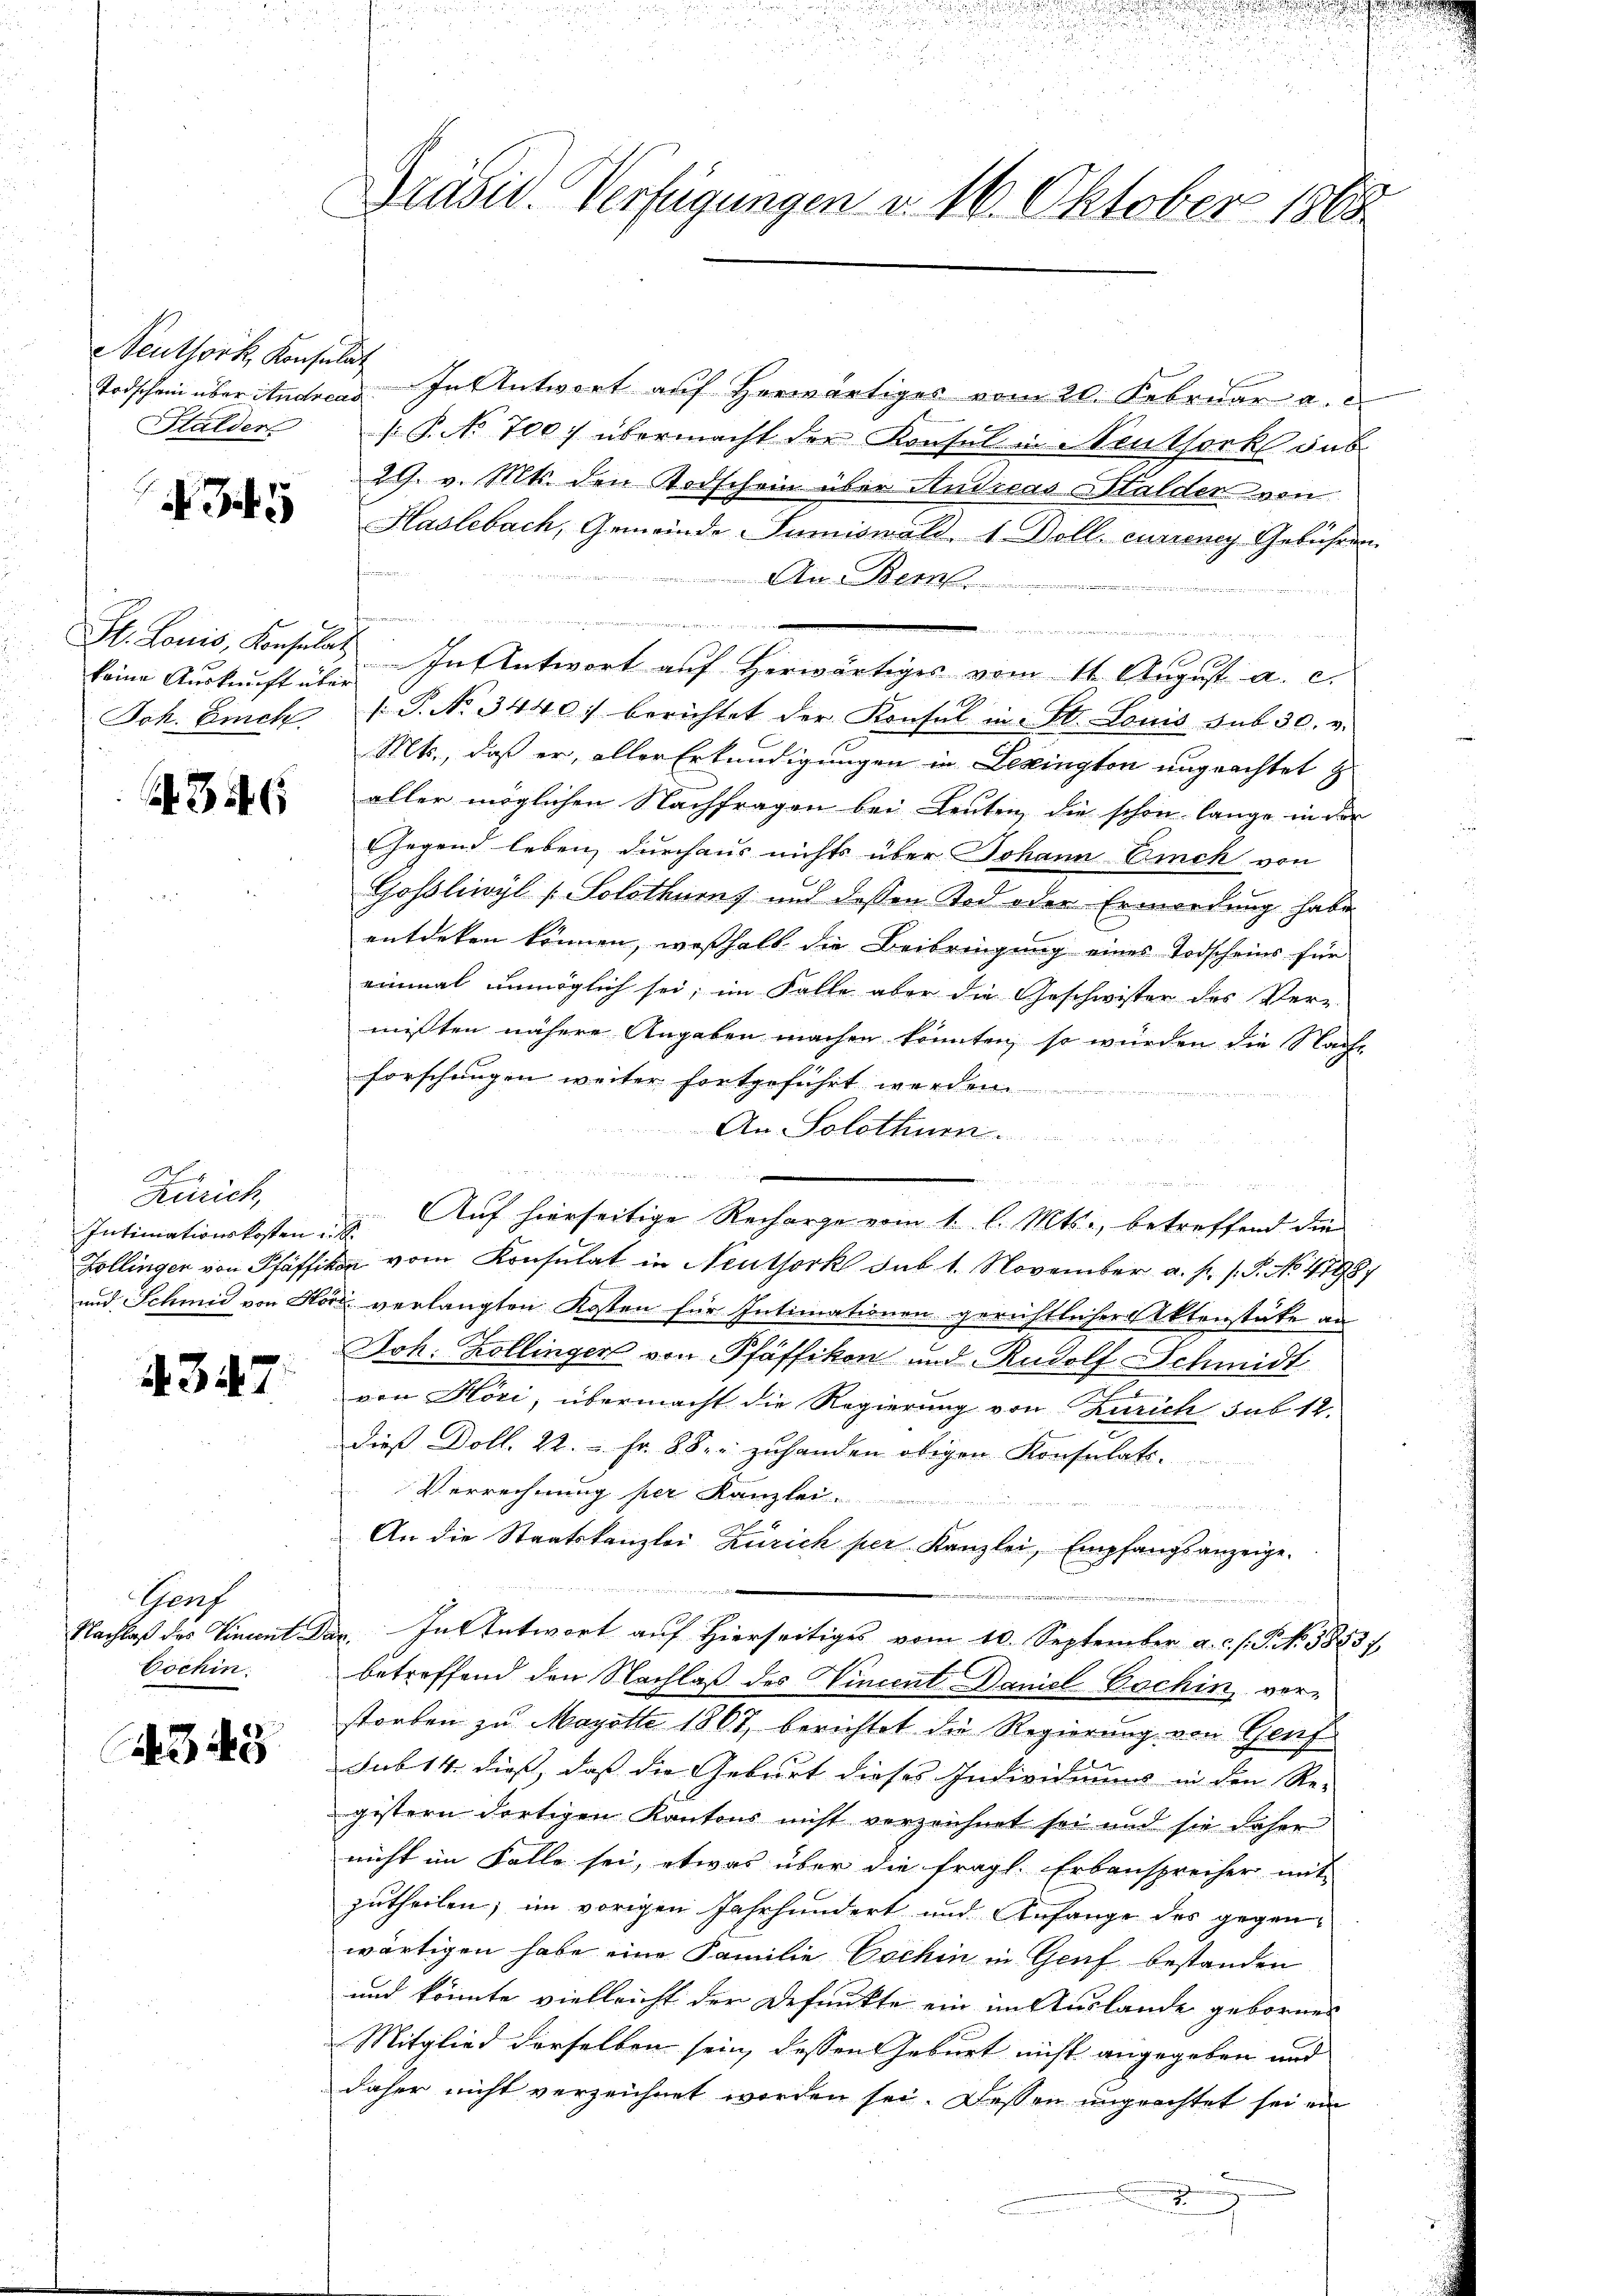
Neuthork Konsulat
Halder

N 35

keine Auskunft über

354

h
Reirich,
Intimationskosten u.

4347

Gent
Cochin:

3445

Todscheinberituchen. In Antwort auf herwärtiges vom 20. Februar a. c.
s: P. No 700. übermacht der Konsul in Neuthork das
29. v. Mts. den Todschein über Andreas Halder von
Haslebach, Gemeinde Summiswald, 1 Doll curieny Gebühren
Au. Bern.

.
17
St. Louis, Konsulat In Antwort auf Herwärtiges vom 11. August a. c.
Joh. Eich P. No. 3440. berichtet der Konsul in St. Louis sub 30. v.
Mts., daß er, aller Erkundigungen in Bezington ungeachtet z
aller möglichen Nachfragen bei Leuten, die schon lange in der
Gegend leben, durchaus nichts über Johann Eich von
Gosliwyl (Solothurns und dessen Tod oder Ermordung habe
entdeken können, weshalb die Beibringung eines Todscheins für
einmal unmöglich sei, im Falle aber die Geschwister des Ver-
mißten nähere Angaben machen könnten, so würden die Nach-
forschungen weiter fortgeführt werden.
An Solothur.
n

Auf hierseitige Recharge vom 1. l. Mts., betreffend die
Zollingen von Pfäffikon vom Konsulat in Neuthork sub 1. November a. p. s. S. No 47987
und Schmid von Höri verlangten Kosten für Intimationen gerichtlicher Aktenstäte an
Joh. Zollingen von Pfäffikon und Rudolf Schmidt
von Höri, übermacht die Regierung von Zürich sub 12.
dieβ Doll. 22.  Fr. 88 zuhanden obigen Konsulats.
Verrechnung per Kanzlei

An die Staatskanzlei Zürich per Kanzlei, Empfangsanzeige.

2
Nachlaß des Vincent dar. In Antwort auf Hierseitiges vom 10. September a. c. s. S. No. 58837.
betreffend den Nachlaß des Vincent Daniel Bachin ver-
storben zu Magotte 1867, berichtet die Regierung von Genf
sub 14 dies, dass die Geburt dieses Individiums in den Re-
gistern dortigen Kantons nicht verzeichnet sei und sie daher
nicht im Falle sei, etwas über die fragl. Erbansprecher mit
zutheilen; im vorigen Jahrhundert und Anfange des gegen-
wärtigen habe eine Familie schin in Genf bestanden
und könnte vielleicht der Defunkte ein im Auslande gebornen
Mitglied derselben sein, dessen Geburt nicht angegeben und
daher nicht verzeichnet worden sei. Dessen ungeachtet sei ein
i

25, 15
Präsid. Verfügungen d. 16. Oktober 1868